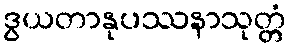
ဒွယတာနုပဿနာသုတ္တံ